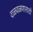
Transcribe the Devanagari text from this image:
दळवळणासाठी